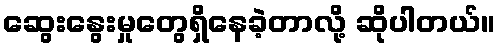
ဆွေးနွေးမှုတွေရှိနေခဲ့တာလို့ ဆိုပါတယ်။